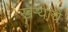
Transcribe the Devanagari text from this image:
खर्‍यांचे